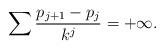
LaTeX: \begin{align*}\sum \frac{p_{j+1} - p_j}{k^j} = +\infty.\end{align*}